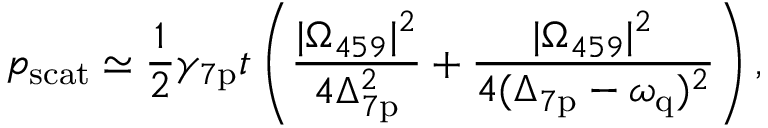
p _ { \mathrm { s c a t } } \simeq \frac { 1 } { 2 } \gamma _ { 7 \mathrm { p } } t \left( \frac { | \Omega _ { 4 5 9 } | ^ { 2 } } { 4 \Delta _ { 7 \mathrm { p } } ^ { 2 } } + \frac { | \Omega _ { 4 5 9 } | ^ { 2 } } { 4 ( \Delta _ { 7 \mathrm { p } } - \omega _ { \mathrm { q } } ) ^ { 2 } } \right) ,